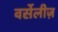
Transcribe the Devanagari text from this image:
वर्सेलीज़